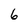
Character: 6